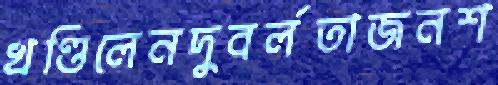
খণ্ডিলেনদুবর্লতাজনশ